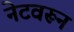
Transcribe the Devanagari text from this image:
नेटवरून